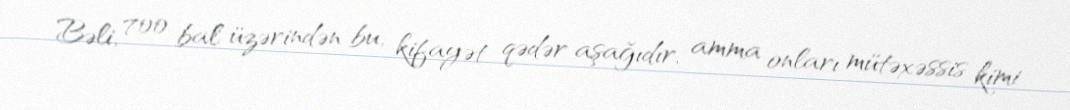
Bəli, 700 bal üzərindən bu, kifayət qədər aşağıdır, amma onları mütəxəssis kimi